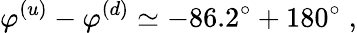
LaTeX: \varphi^{(u)}-\varphi^{(d)}\simeq-86.2^{\circ}+180^{\circ}\; ,